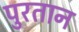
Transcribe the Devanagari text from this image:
पुरतान